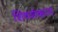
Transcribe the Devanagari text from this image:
शिवशंकरन